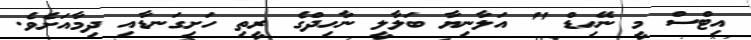
އިޓްސް މީ ނޭހިޑް " އަލާނިޔާ ބަލާލީ ނާހިދްގެ ރީތި ހަށިގަނޑާއި ދިމާއަށެވެ.